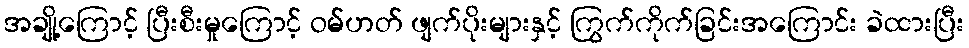
အချို့ကြောင့် ပြီးစီးမှုကြောင့် ဝမ်ဟတ် ဖျက်ပိုးများနှင့် ကြွက်ကိုက်ခြင်းအကြောင်း ခဲထားပြီး